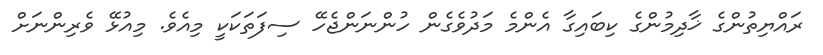
ރައްޔިތުންގެ ޚާދިމުންގެ ކިބައިގާ އެންމެ މަދުވެގެން ހުންނަންޖެހޭ ސިފަތަކަކީ މިއެވެ. މިއުޅޭ ވެރިންނަށް